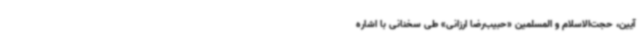
آیین، حجت‌الاسلام و المسلمین «حبیب‌رضا ارزانی» طی سخنانی با اشاره